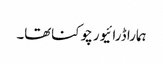
ہمارا ڈرائیور چوکناتھا۔